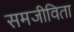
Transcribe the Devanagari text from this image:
समजीविता